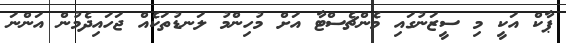
ޕާކް އަކީ މި ސީޒަނުގައި މެންޗެސްޓާ އަށް މުހިންމު ލަނޑުތަކެއް ޖަހައިދެމުން އަންނަ